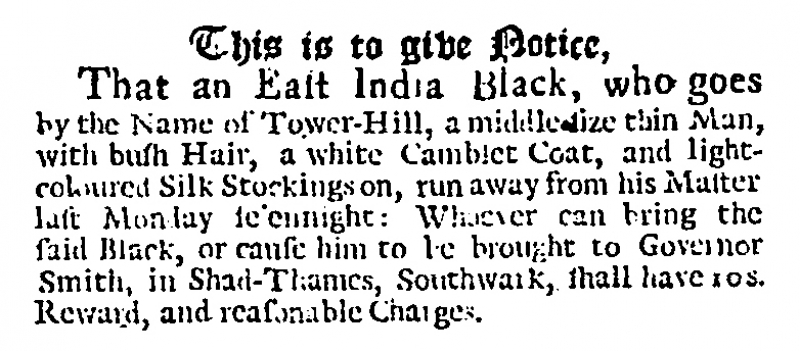
Daily Journal, 3 November 1727 (England)
          This is to give Notice,  That an East India Black, who goes by the Name of Tower-Hill, a middle size thin Man, with bush Hair, a white Camblet Coat, and light-coloured Silk Stockings on, run away from his Master last Monday se’ennight: Whoever can bring the said Black, or cause him to be brought to Governor Smith, in Shad-Thames, Southwark, shall have 10s. Reward, and reasonable Charges.